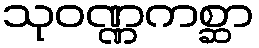
သုဝဏ္ဏကစ္ဆာ